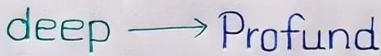
deep -----> Profound